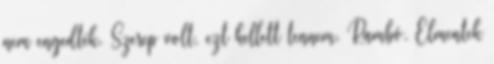
nem engedték. Szerep volt, ezt kellett tennem. Rambó. Elmentek